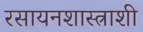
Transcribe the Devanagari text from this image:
रसायनशास्त्राशी